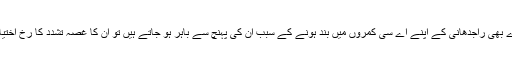
عوامی نمائندے بھی راجدھانی کے اپنے اے سی کمروں میں بند ہونے کے سبب ان کی پہنچ سے باہر ہو جاتے ہیں تو ان کا غصہ تشدد کا رخ اختیار کر لیتا ہے۔